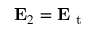
\mathbf { E } _ { 2 } = \mathbf { E } _ { \mathrm { ~ t ~ } }